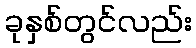
ခုနှစ်တွင်လည်း